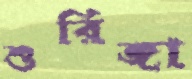
শুরিঙ্গা